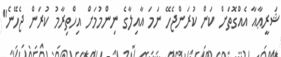
ޝަރީޢާއާ އެއްގޮތަށް ކަން ކުރަންޖެހޭ ނަމަ އާއިލާގެ ނިންމުމަށް އިހްތިރާމު ކުރަން ޖެހޭނެ"